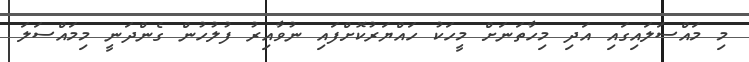
މި މައްސަލައިގައި އަދި މިހާތަނަށް މީހަކު ހައްޔަރުކޮށްފައި ނުވާއިރު ފުލުހުން ގެންދަނީ މިމައްސަލަ